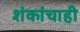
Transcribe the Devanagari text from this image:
शंकांचाही